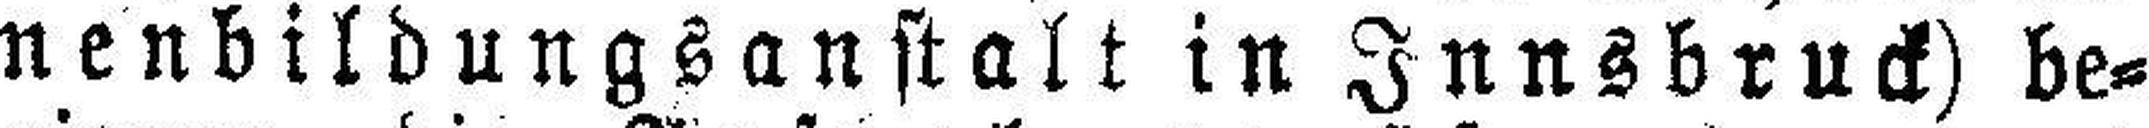
nenbildungsanstalt in Innsbruck) be¬